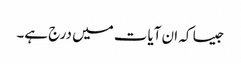
جیسا کہ ان آیات میں درج ہے۔